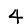
Digit: 4